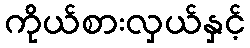
ကိုယ်စားလှယ်နှင့်